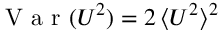
\mathrm { ~ V ~ a ~ r ~ } ( U ^ { 2 } ) = 2 \, \langle U ^ { 2 } \rangle ^ { 2 }